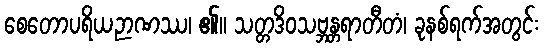
စေတောပရိယဉာဏဿ၊ ၏။ သတ္တဒိဝသဗ္ဘန္တရာတီတံ၊ ခုနစ်ရက်အတွင်း